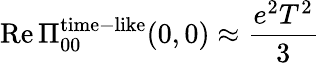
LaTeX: \mathrm{Re}\, \Pi_{00}^{\mathrm{time}-\mathrm{like}}(0,0)\approx{\frac{e^{2}T^{2}}{3}}